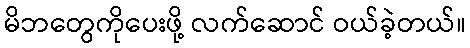
မိဘတွေကိုပေးဖို့ လက်ဆောင် ဝယ်ခဲ့တယ်။